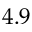
4 . 9